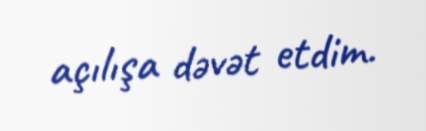
açılışa dəvət etdim.